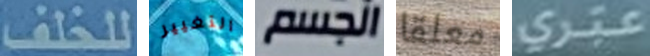
للخلف التغيير الجسم معلقا عبري